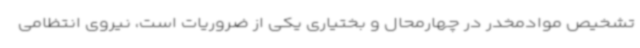
تشخیص موادمخدر در چهارمحال و بختیاری یکی از ضروریات است، نیروی انتظامی